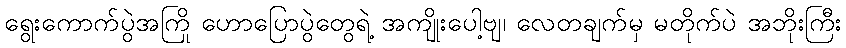
ရွေးကောက်ပွဲအကြို ဟောပြောပွဲတွေရဲ့ အကျိုးပေါ့ဗျ၊ လေတချက်မှ မတိုက်ပဲ အဘိုးကြီး